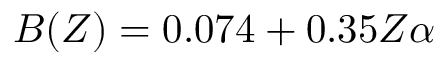
B ( Z ) = 0 . 0 7 4 + 0 . 3 5 Z \alpha